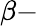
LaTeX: \beta-